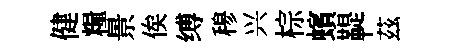
健糧景俟缚𥠇兴棕蠙鞮茲